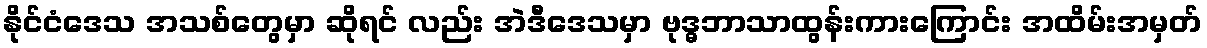
နိုင်ငံဒေသ အသစ်တွေမှာ ဆိုရင် လည်း အဲဒီဒေသမှာ ဗုဒ္ဓဘာသာထွန်းကားကြောင်း အထိမ်းအမှတ်